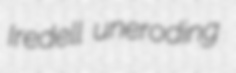
Iredell uneroding